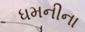
ધમનીના